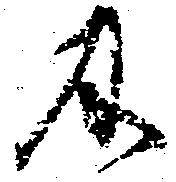
及